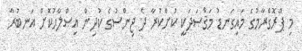
މި ޕްރޮގްރާމުގެ މައިގަނޑު މަޤްޞަދަކީ ކުށްކުރާ ދެ ޖިންސުގެ ކުދިން އިޞްލާޙުކޮށް އަނބުރާ